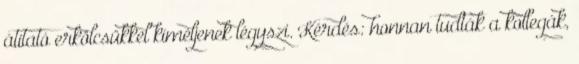
átitató erkölcsükkel kíméljenek légyszi. Kérdés: honnan tudták a kollegák,